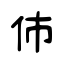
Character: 伂